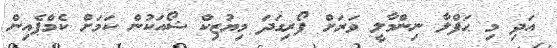
އަދި މި ޙަފްލާ ނިންމާލީ ވަރަށް ފޯރިގަދަ މިޔުޒިކް ޝޯއަކުން ކަމަށް ކެމްޕެއިން